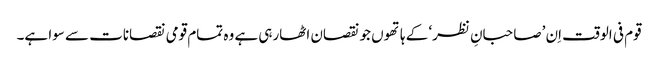
قوم فی الوقت اِن ’صاحبانِ نظر‘ کے ہاتھوں جو نقصان اٹھارہی ہے وہ تمام قومی نقصانات سے سوا ہے۔